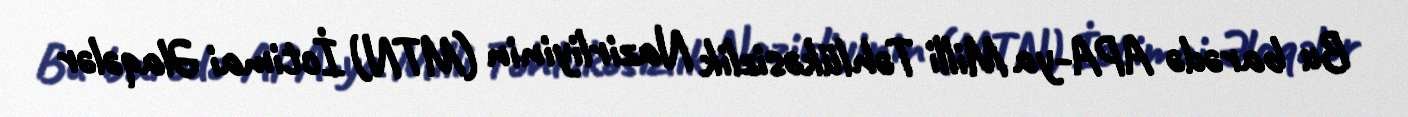
Bu barədə APA-ya Milli Təhlükəsizlik Nazirliyinin (MTN) İctimai Əlaqələr